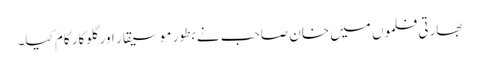
بھارتی فلموں میں خان صاحب نے بطور موسیقار اور گلوکار کام کیا۔